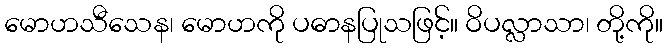
မောဟသီသေန၊ မောဟကို ပဓာနပြုသဖြင့်။ ဝိပလ္လာသာ၊ တို့ကို။